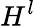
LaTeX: H^{l}